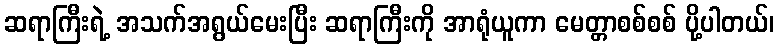
ဆရာကြီးရဲ့ အသက်အရွယ်မေးပြီး ဆရာကြီးကို အာရုံယူကာ မေတ္တာစစ်စစ် ပို့ပါတယ်၊